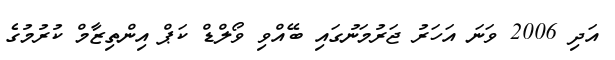
އަދި 2006 ވަނަ އަހަރު ޖަރުމަނުގައި ބޭއްވި ވޯލްޑް ކަޕް އިންތިޒާމް ކުރުމުގެ